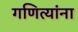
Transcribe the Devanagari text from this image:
गणित्यांना